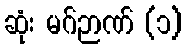
ဆုံး မဂ်ဉာဏ် (၁)